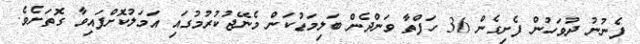
ފެނުނު ދުވަހުން ފެށިގެން 36 ހަފްތާ ވަންދެން ބަލިމަޑުކަން މެނޭޖުކުރުމުގައި އަމަލުކޮށްފައިވާ ގޮތަށެވެ.